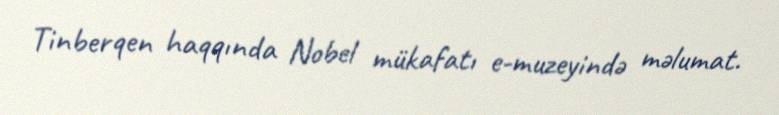
Tinberqen haqqında Nobel mükafatı e-muzeyində məlumat.